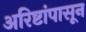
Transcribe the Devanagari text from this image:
अरिष्टांपासून